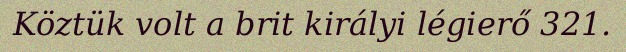
Köztük volt a brit királyi légierő 321.